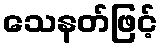
သေနတ်ဖြင့်